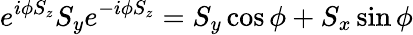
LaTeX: e^{i\phi S_{z}}S_{y}e^{-i\phi S_{z}}=S_{y}\cos\phi+S_{x}\sin\phi